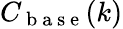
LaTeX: C_{\mathrm{~b~a~s~e~}}(k)